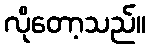
လိုတော့သည်။